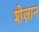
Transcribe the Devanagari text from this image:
शेज़ान